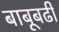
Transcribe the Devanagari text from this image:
बाबूबढी